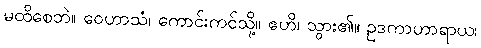
မထိစေဘဲ။ ဝေဟာသံ၊ ကောင်းကင်သို့။ ဧဟိ၊ သွား၏။ ဥဒကာဟာရာယ၊